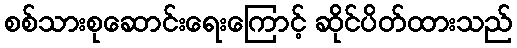
စစ်သားစုဆောင်းရေးကြောင့် ဆိုင်ပိတ်ထားသည်